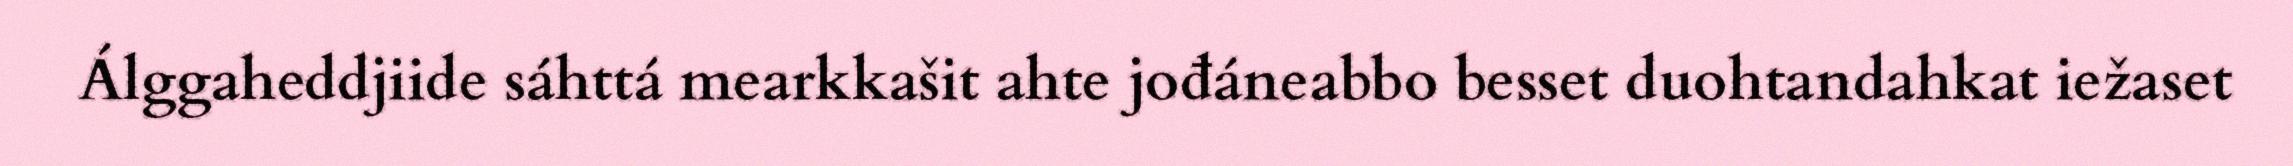
Álggaheddjiide sáhttá mearkkašit ahte jođáneabbo besset duohtandahkat iežaset